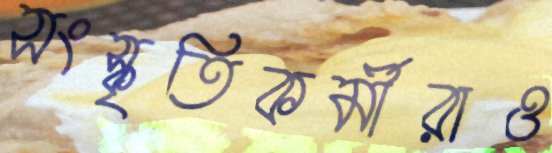
সংস্কৃতিকর্মীরাও